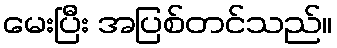
မေးပြီး အပြစ်တင်သည်။